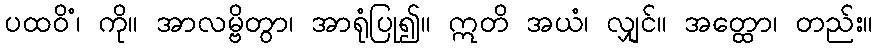
ပထဝိံ၊ ကို။ အာလမ္ဗိတွာ၊ အာရုံပြု၍။ ဣတိ အယံ၊ လျှင်။ အတ္ထော၊ တည်း။